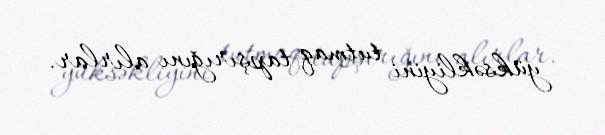
yüksəkliyini tutmaq tapşırığını alırlar.